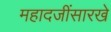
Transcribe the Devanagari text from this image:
महादजींसारखे